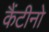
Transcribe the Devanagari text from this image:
कैंटीनो